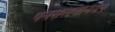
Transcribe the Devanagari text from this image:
पेनसेलवेनियन